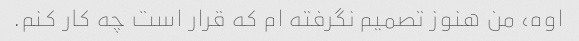
اوه، من هنوز تصمیم نگرفته ام که قرار است چه کار کنم.